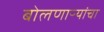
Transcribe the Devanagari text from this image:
बोलणाऱ्यांचा